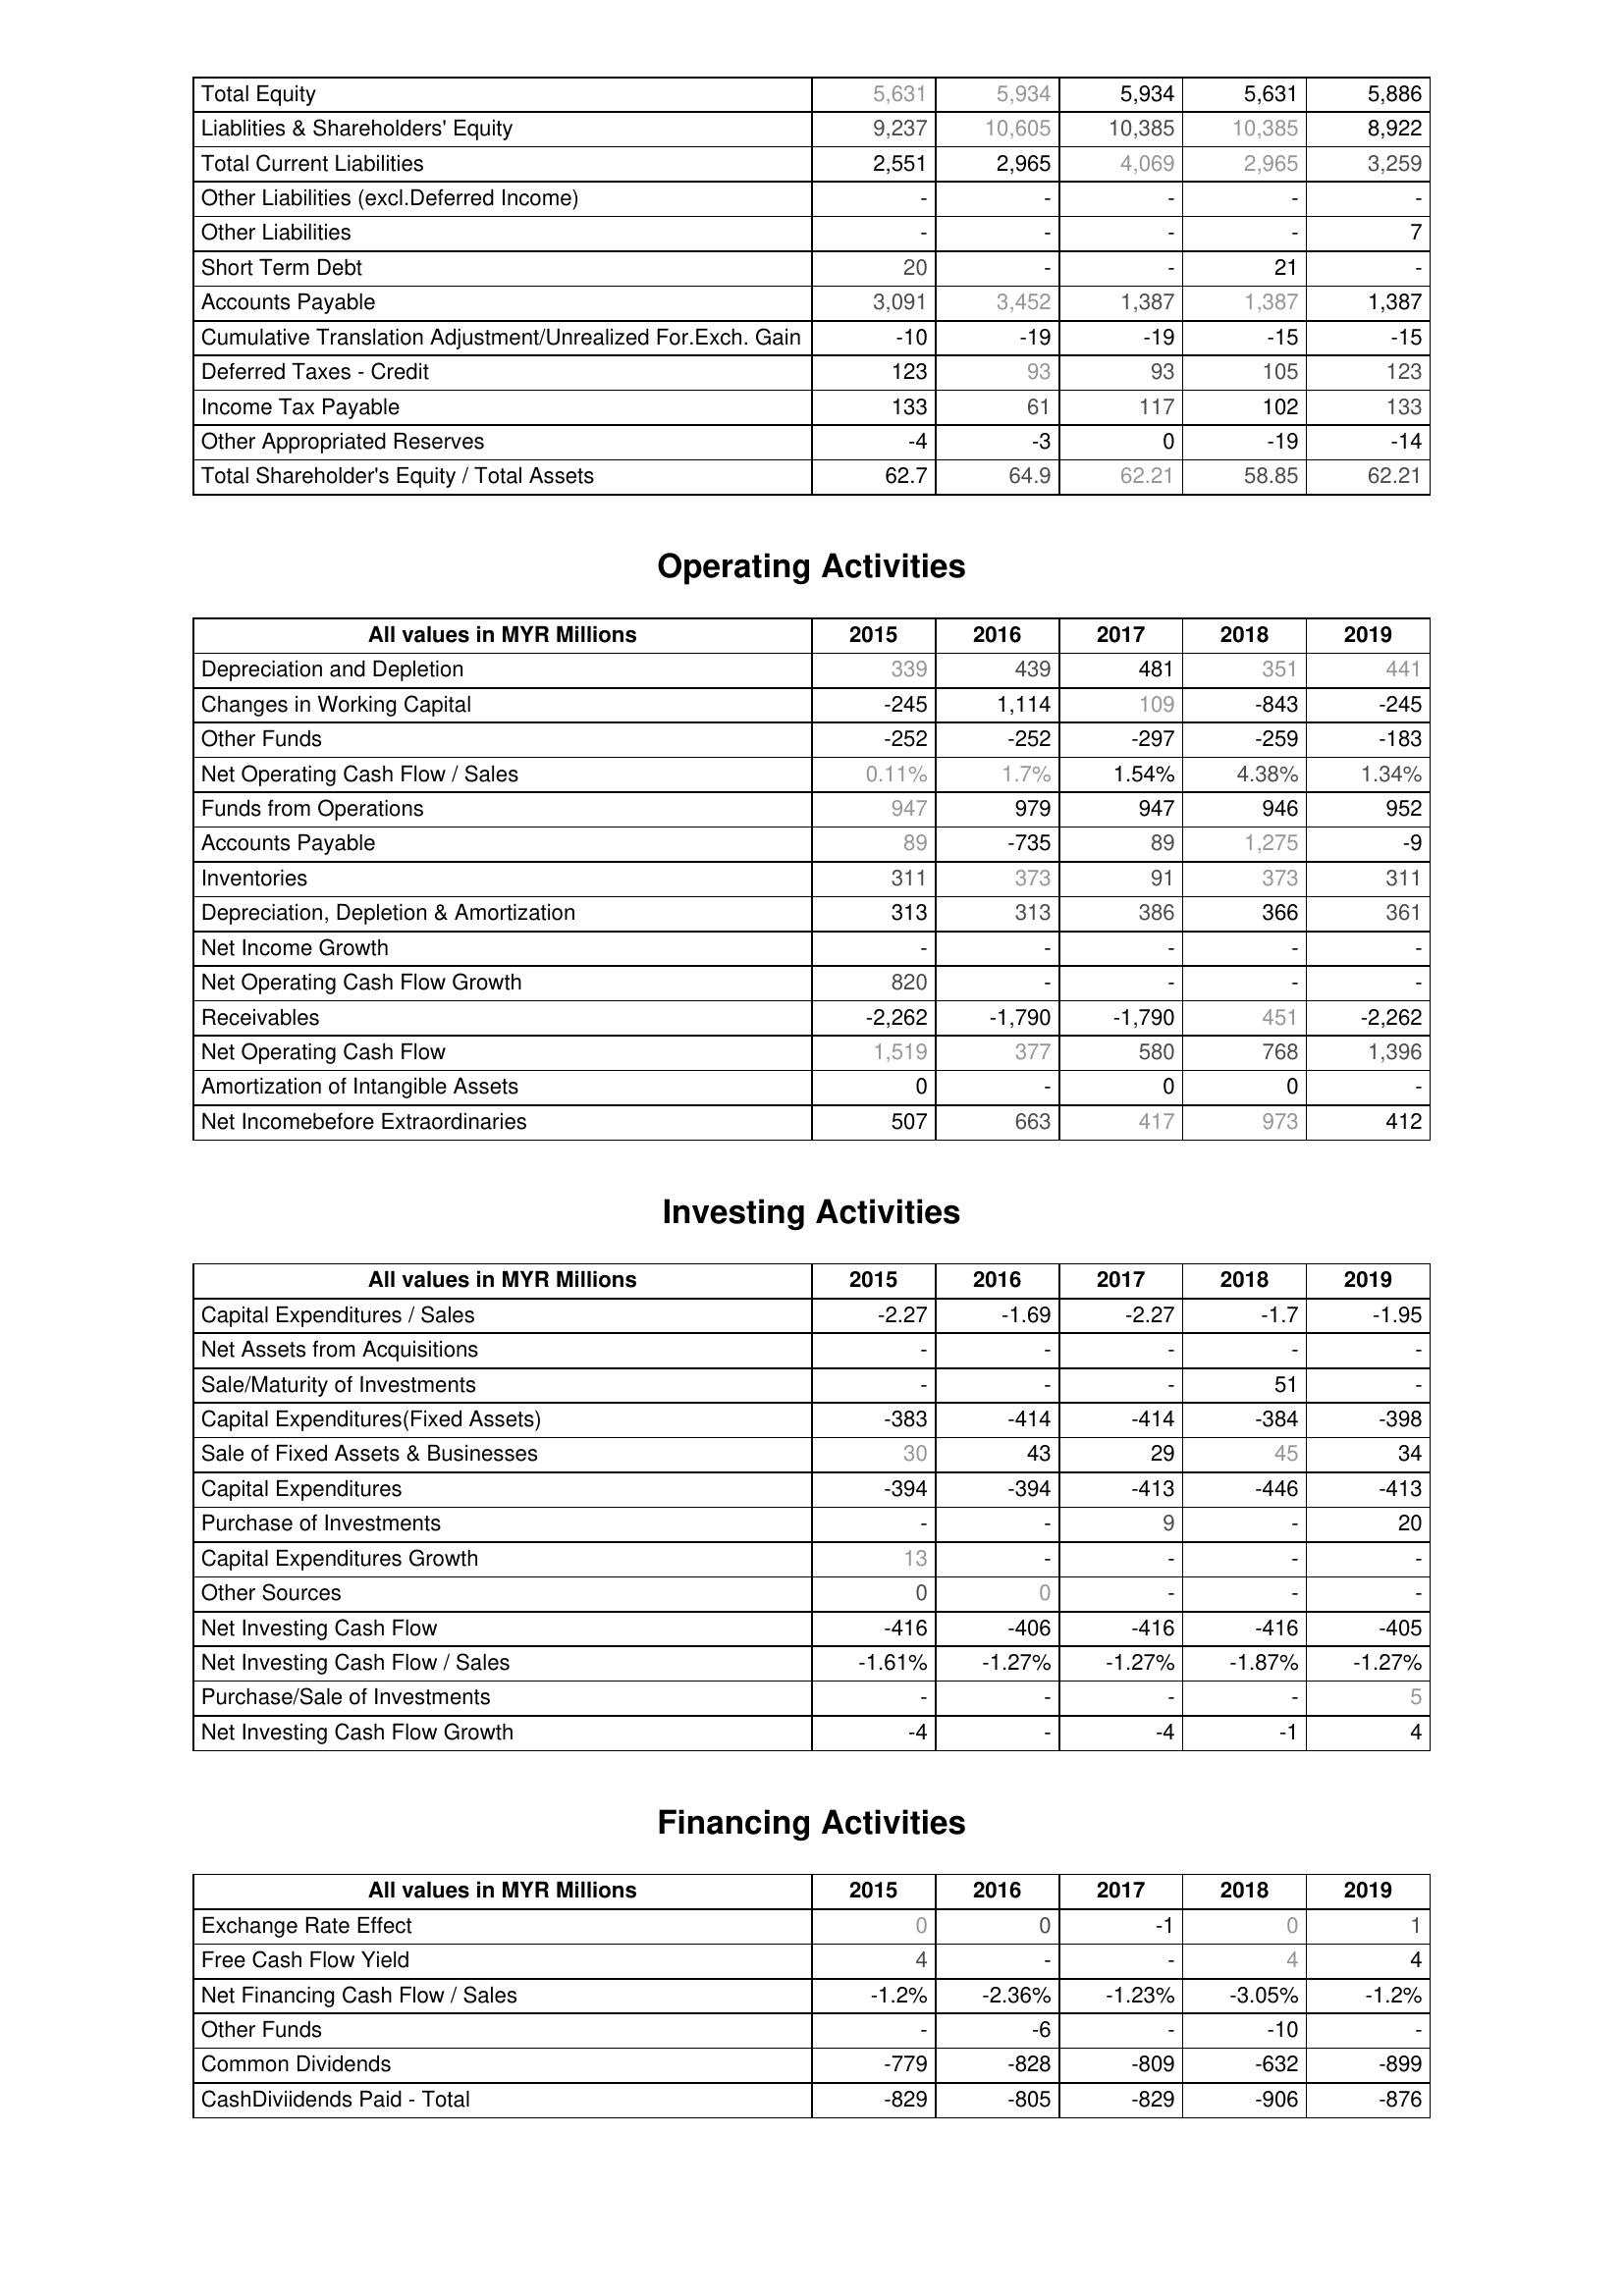
2015: Liabilities & Shareholder's Equity: Total Equity: 5,631
Liablities & Shareholders' Equity: 9,237
Total Current Liabilities: 2,551
Other Liabilities (excl.Deferred Income): -
Other Liabilities: -
Short Term Debt: 20
Accounts Payable: 3,091
Cumulative Translation Adjustment/Unrealized For.Exch. Gain: -10
Deferred Taxes - Credit: 123
Income Tax Payable: 133
Other Appropriated Reserves: -4
Total Shareholder's Equity / Total Assets: 62.7
Operating Activities: Depreciation and Depletion: 339
Changes in Working Capital: -245
Other Funds: -252
Net Operating Cash Flow / Sales: 0.11%
Funds from Operations: 947
Accounts Payable: 89
Inventories: 311
Depreciation, Depletion & Amortization: 313
Net Income Growth: -
Net Operating Cash Flow Growth: 820
Receivables: -2,262
Net Operating Cash Flow: 1,519
Amortization of Intangible Assets: 0
Net Incomebefore Extraordinaries: 507
Investing Activities: Capital Expenditures / Sales: -2.27
Net Assets from Acquisitions: -
Sale/Maturity of Investments: -
Capital Expenditures(Fixed Assets): -383
Sale of Fixed Assets & Businesses: 30
Capital Expenditures: -394
Purchase of Investments: -
Capital Expenditures Growth: 13
Other Sources: 0
Net Investing Cash Flow: -416
Net Investing Cash Flow / Sales: -1.61%
Purchase/Sale of Investments: -
Net Investing Cash Flow Growth: -4
Financing Activities: Exchange Rate Effect: 0
Free Cash Flow Yield: 4
Net Financing Cash Flow / Sales: -1.2%
Other Funds: -
Common Dividends: -779
CashDiviidends Paid - Total: -829
2016: Liabilities & Shareholder's Equity: Total Equity: 5,934
Liablities & Shareholders' Equity: 10,605
Total Current Liabilities: 2,965
Other Liabilities (excl.Deferred Income): -
Other Liabilities: -
Short Term Debt: -
Accounts Payable: 3,452
Cumulative Translation Adjustment/Unrealized For.Exch. Gain: -19
Deferred Taxes - Credit: 93
Income Tax Payable: 61
Other Appropriated Reserves: -3
Total Shareholder's Equity / Total Assets: 64.9
Operating Activities: Depreciation and Depletion: 439
Changes in Working Capital: 1,114
Other Funds: -252
Net Operating Cash Flow / Sales: 1.7%
Funds from Operations: 979
Accounts Payable: -735
Inventories: 373
Depreciation, Depletion & Amortization: 313
Net Income Growth: -
Net Operating Cash Flow Growth: -
Receivables: -1,790
Net Operating Cash Flow: 377
Amortization of Intangible Assets: -
Net Incomebefore Extraordinaries: 663
Investing Activities: Capital Expenditures / Sales: -1.69
Net Assets from Acquisitions: -
Sale/Maturity of Investments: -
Capital Expenditures(Fixed Assets): -414
Sale of Fixed Assets & Businesses: 43
Capital Expenditures: -394
Purchase of Investments: -
Capital Expenditures Growth: -
Other Sources: 0
Net Investing Cash Flow: -406
Net Investing Cash Flow / Sales: -1.27%
Purchase/Sale of Investments: -
Net Investing Cash Flow Growth: -
Financing Activities: Exchange Rate Effect: 0
Free Cash Flow Yield: -
Net Financing Cash Flow / Sales: -2.36%
Other Funds: -6
Common Dividends: -828
CashDiviidends Paid - Total: -805
2017: Liabilities & Shareholder's Equity: Total Equity: 5,934
Liablities & Shareholders' Equity: 10,385
Total Current Liabilities: 4,069
Other Liabilities (excl.Deferred Income): -
Other Liabilities: -
Short Term Debt: -
Accounts Payable: 1,387
Cumulative Translation Adjustment/Unrealized For.Exch. Gain: -19
Deferred Taxes - Credit: 93
Income Tax Payable: 117
Other Appropriated Reserves: 0
Total Shareholder's Equity / Total Assets: 62.21
Operating Activities: Depreciation and Depletion: 481
Changes in Working Capital: 109
Other Funds: -297
Net Operating Cash Flow / Sales: 1.54%
Funds from Operations: 947
Accounts Payable: 89
Inventories: 91
Depreciation, Depletion & Amortization: 386
Net Income Growth: -
Net Operating Cash Flow Growth: -
Receivables: -1,790
Net Operating Cash Flow: 580
Amortization of Intangible Assets: 0
Net Incomebefore Extraordinaries: 417
Investing Activities: Capital Expenditures / Sales: -2.27
Net Assets from Acquisitions: -
Sale/Maturity of Investments: -
Capital Expenditures(Fixed Assets): -414
Sale of Fixed Assets & Businesses: 29
Capital Expenditures: -413
Purchase of Investments: 9
Capital Expenditures Growth: -
Other Sources: -
Net Investing Cash Flow: -416
Net Investing Cash Flow / Sales: -1.27%
Purchase/Sale of Investments: -
Net Investing Cash Flow Growth: -4
Financing Activities: Exchange Rate Effect: -1
Free Cash Flow Yield: -
Net Financing Cash Flow / Sales: -1.23%
Other Funds: -
Common Dividends: -809
CashDiviidends Paid - Total: -829
2018: Liabilities & Shareholder's Equity: Total Equity: 5,631
Liablities & Shareholders' Equity: 10,385
Total Current Liabilities: 2,965
Other Liabilities (excl.Deferred Income): -
Other Liabilities: -
Short Term Debt: 21
Accounts Payable: 1,387
Cumulative Translation Adjustment/Unrealized For.Exch. Gain: -15
Deferred Taxes - Credit: 105
Income Tax Payable: 102
Other Appropriated Reserves: -19
Total Shareholder's Equity / Total Assets: 58.85
Operating Activities: Depreciation and Depletion: 351
Changes in Working Capital: -843
Other Funds: -259
Net Operating Cash Flow / Sales: 4.38%
Funds from Operations: 946
Accounts Payable: 1,275
Inventories: 373
Depreciation, Depletion & Amortization: 366
Net Income Growth: -
Net Operating Cash Flow Growth: -
Receivables: 451
Net Operating Cash Flow: 768
Amortization of Intangible Assets: 0
Net Incomebefore Extraordinaries: 973
Investing Activities: Capital Expenditures / Sales: -1.7
Net Assets from Acquisitions: -
Sale/Maturity of Investments: 51
Capital Expenditures(Fixed Assets): -384
Sale of Fixed Assets & Businesses: 45
Capital Expenditures: -446
Purchase of Investments: -
Capital Expenditures Growth: -
Other Sources: -
Net Investing Cash Flow: -416
Net Investing Cash Flow / Sales: -1.87%
Purchase/Sale of Investments: -
Net Investing Cash Flow Growth: -1
Financing Activities: Exchange Rate Effect: 0
Free Cash Flow Yield: 4
Net Financing Cash Flow / Sales: -3.05%
Other Funds: -10
Common Dividends: -632
CashDiviidends Paid - Total: -906
2019: Liabilities & Shareholder's Equity: Total Equity: 5,886
Liablities & Shareholders' Equity: 8,922
Total Current Liabilities: 3,259
Other Liabilities (excl.Deferred Income): -
Other Liabilities: 7
Short Term Debt: -
Accounts Payable: 1,387
Cumulative Translation Adjustment/Unrealized For.Exch. Gain: -15
Deferred Taxes - Credit: 123
Income Tax Payable: 133
Other Appropriated Reserves: -14
Total Shareholder's Equity / Total Assets: 62.21
Operating Activities: Depreciation and Depletion: 441
Changes in Working Capital: -245
Other Funds: -183
Net Operating Cash Flow / Sales: 1.34%
Funds from Operations: 952
Accounts Payable: -9
Inventories: 311
Depreciation, Depletion & Amortization: 361
Net Income Growth: -
Net Operating Cash Flow Growth: -
Receivables: -2,262
Net Operating Cash Flow: 1,396
Amortization of Intangible Assets: -
Net Incomebefore Extraordinaries: 412
Investing Activities: Capital Expenditures / Sales: -1.95
Net Assets from Acquisitions: -
Sale/Maturity of Investments: -
Capital Expenditures(Fixed Assets): -398
Sale of Fixed Assets & Businesses: 34
Capital Expenditures: -413
Purchase of Investments: 20
Capital Expenditures Growth: -
Other Sources: -
Net Investing Cash Flow: -405
Net Investing Cash Flow / Sales: -1.27%
Purchase/Sale of Investments: 5
Net Investing Cash Flow Growth: 4
Financing Activities: Exchange Rate Effect: 1
Free Cash Flow Yield: 4
Net Financing Cash Flow / Sales: -1.2%
Other Funds: -
Common Dividends: -899
CashDiviidends Paid - Total: -876